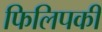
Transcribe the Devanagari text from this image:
फिलिपकी